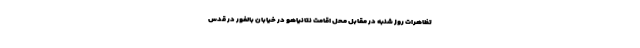
تظاهرات روز شنبه در مقابل محل اقامت نتانیاهو در خیابان بالفور در قدس